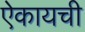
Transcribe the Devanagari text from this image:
ऐकायची